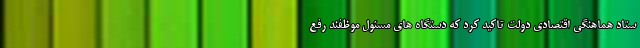
ستاد هماهنگی اقتصادی دولت تاکید کرد که دستگاه های مسئول موظفند رفع